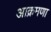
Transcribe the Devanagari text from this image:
आक्रमणा